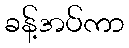
ခန့်အပ်ကာ